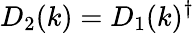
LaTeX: D_{2}(k)=D_{1}(k)^{\dagger}